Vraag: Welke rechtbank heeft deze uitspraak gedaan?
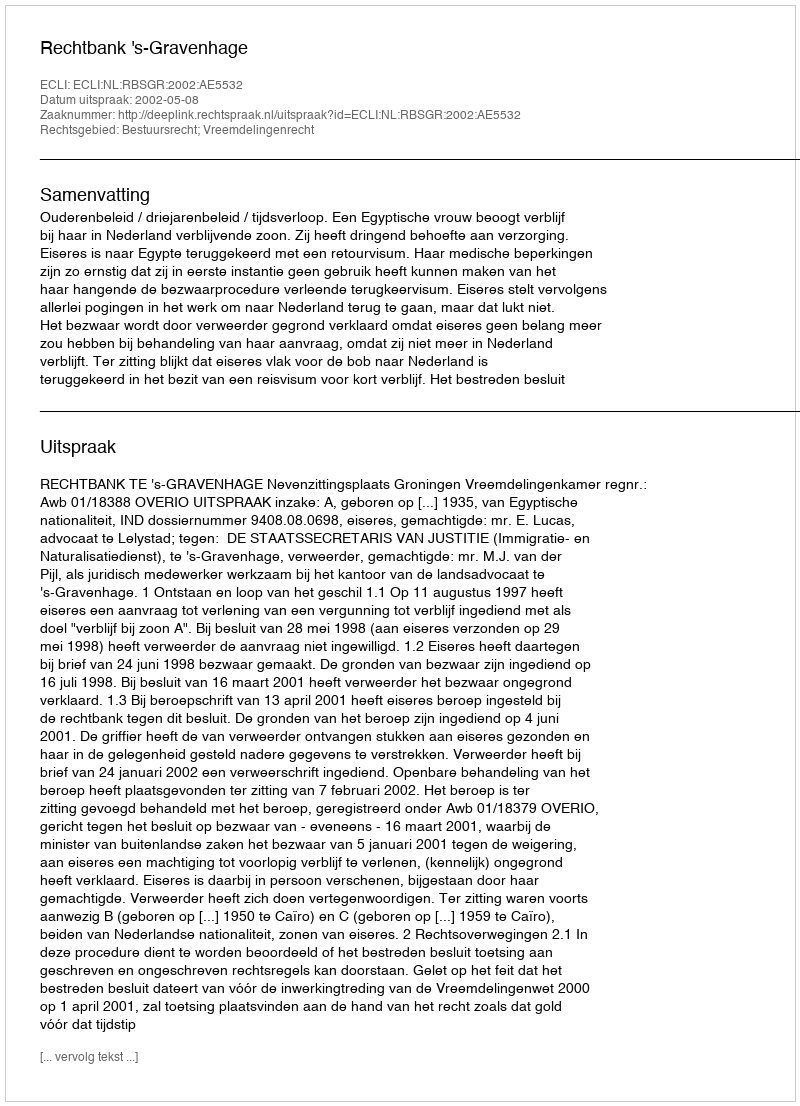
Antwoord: Rechtbank 's-Gravenhage